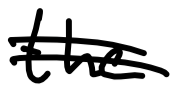
Text: the
Cross-out: double-line
Writing tool: digital_black